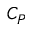
C _ { P }